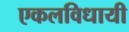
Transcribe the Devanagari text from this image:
एकलविधायी